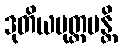
ဒုတိယမုတ္တမန္တိ